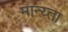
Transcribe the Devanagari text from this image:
मान्य्ता